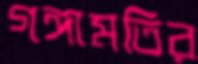
গঙ্গামতির